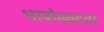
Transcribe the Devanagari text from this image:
भावोत्कटता